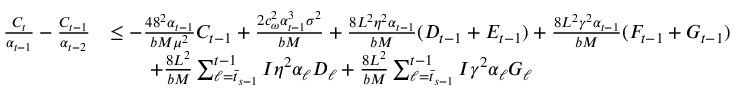
\begin{array} { r l } { \frac { C _ { t } } { \alpha _ { t - 1 } } - \frac { C _ { t - 1 } } { \alpha _ { t - 2 } } } & { \leq - \frac { 4 8 ^ { 2 } \alpha _ { t - 1 } } { b M \mu ^ { 2 } } C _ { t - 1 } + \frac { 2 c _ { \omega } ^ { 2 } \alpha _ { t - 1 } ^ { 3 } \sigma ^ { 2 } } { b M } + \frac { 8 L ^ { 2 } \eta ^ { 2 } \alpha _ { t - 1 } } { b M } ( D _ { t - 1 } + E _ { t - 1 } ) + \frac { 8 L ^ { 2 } \gamma ^ { 2 } \alpha _ { t - 1 } } { b M } ( F _ { t - 1 } + G _ { t - 1 } ) } \\ & { \qquad + \frac { 8 L ^ { 2 } } { b M } \sum _ { \ell = \bar { t } _ { s - 1 } } ^ { t - 1 } I \eta ^ { 2 } \alpha _ { \ell } D _ { \ell } + \frac { 8 L ^ { 2 } } { b M } \sum _ { \ell = \bar { t } _ { s - 1 } } ^ { t - 1 } I \gamma ^ { 2 } \alpha _ { \ell } G _ { \ell } } \end{array}